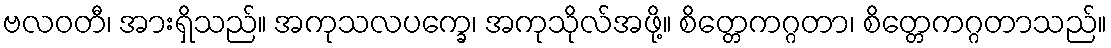
ဗလဝတီ၊ အားရှိသည်။ အကုသလပက္ခေ၊ အကုသိုလ်အဖို့။ စိတ္တေကဂ္ဂတာ၊ စိတ္တေကဂ္ဂတာသည်။